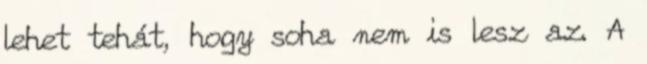
lehet tehát, hogy soha nem is lesz az. A